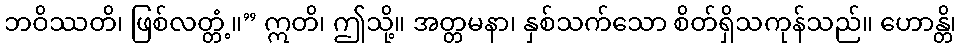
ဘဝိဿတိ၊ ဖြစ်လတ္တံ့။” ဣတိ၊ ဤသို့။ အတ္တမနာ၊ နှစ်သက်သော စိတ်ရှိသကုန်သည်။ ဟောန္တိ၊